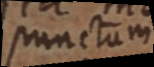
punctum